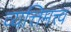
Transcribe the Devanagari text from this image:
व्यत्तिमत्त्व